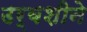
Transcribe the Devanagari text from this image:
उर्वशीने